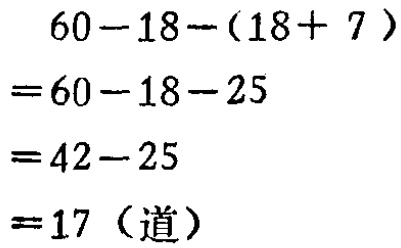
\[
\begin{align*}
&60 - 18 - (18 + 7)\\
=&60 - 18 - 25\\
=&42 - 25\\
=&17（道）
\end{align*}
\]